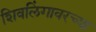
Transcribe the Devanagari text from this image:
शिवलिंगावरच्या